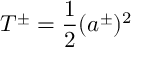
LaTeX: T ^ { \pm } = \frac { 1 } { 2 } ( a ^ { \pm } ) ^ { 2 }